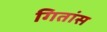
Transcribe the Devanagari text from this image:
गितांस